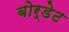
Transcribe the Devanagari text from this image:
बोर्डेट